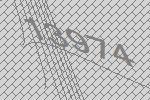
13974